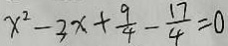
x ^ { 2 } - 3 x + \frac { 9 } { 4 } - \frac { 1 7 } { 4 } = 0